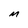
Character: M